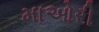
માઓરી